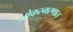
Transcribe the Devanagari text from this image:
लोकस्मरणात